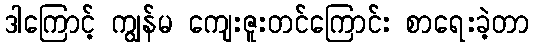
ဒါကြောင့် ကျွန်မ ကျေးဇူးတင်ကြောင်း စာရေးခဲ့တာ